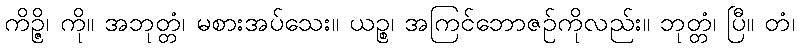
ကိဉ္ဇိ၊ ကို။ အဘုတ္တံ၊ မစားအပ်သေး။ ယဉ္စ၊ အကြင်ဘောဇဉ်ကိုလည်း။ ဘုတ္တံ၊ ပြီ။ တံ၊